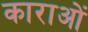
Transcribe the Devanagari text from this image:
काराओं